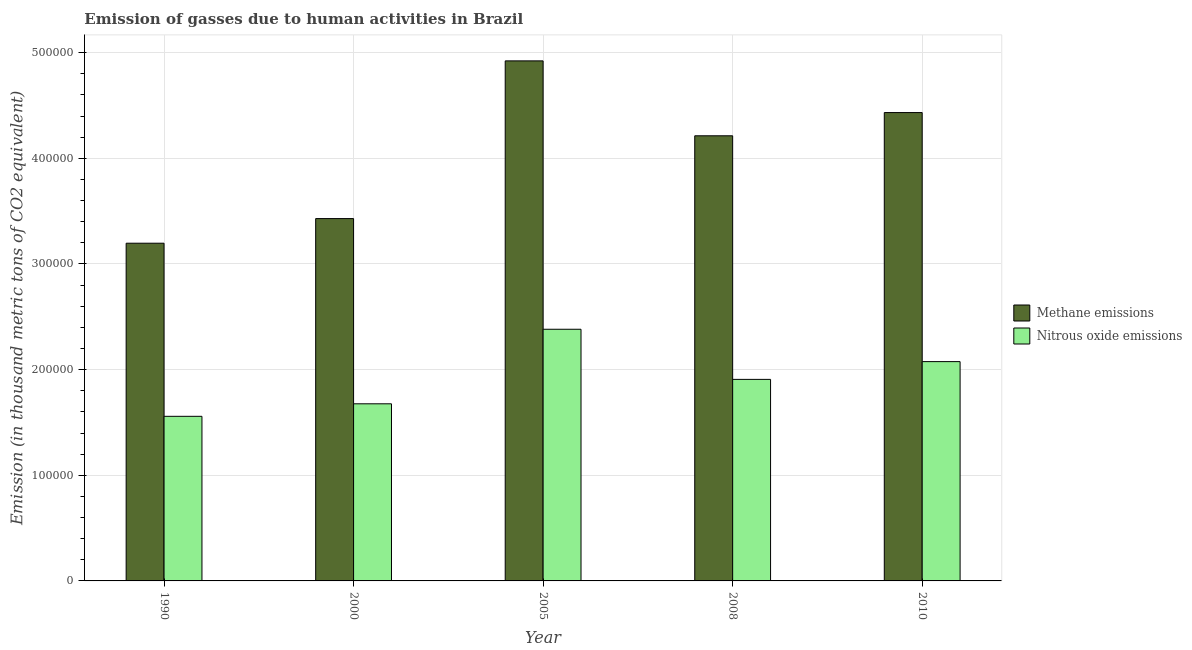
| Year | Methane emissions | Nitrous oxide emissions |
 | --- | --- | --- |
 | 1990 | 3.2e+05 | 1.56e+05 |
 | 2000 | 3.43e+05 | 1.68e+05 |
 | 2005 | 4.92e+05 | 2.38e+05 |
 | 2008 | 4.21e+05 | 1.91e+05 |
 | 2010 | 4.43e+05 | 2.08e+05 |